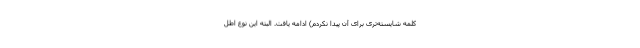
کلمه شایسته‌تری برای آن پیدا نکردم) ادامه یافت. البته این نوع اطل